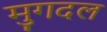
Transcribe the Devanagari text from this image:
मुगदल